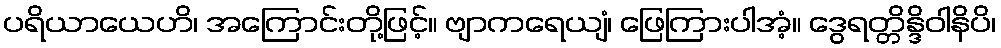
ပရိယာယေဟိ၊ အကြောင်းတို့ဖြင့်။ ဗျာကရေယျံ၊ ဖြေကြားပါအံ့။ ဒွေရတ္တိန္ဒိဝါနိပိ၊